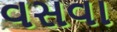
વસવા